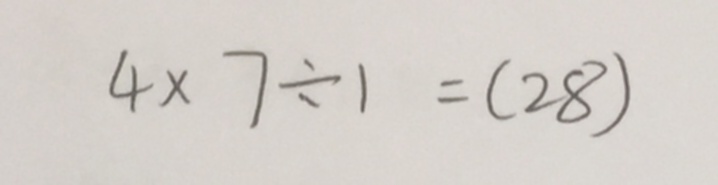
4 \times 7 \div 1 = ( 2 8 )